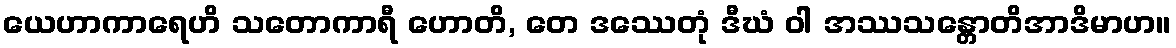
ယေဟာကာရေဟိ သတောကာရီ ဟောတိ, တေ ဒဿေတုံ ဒီဃံ ဝါ အဿသန္တောတိအာဒိမာဟ။